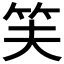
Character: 𬔮